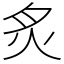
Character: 炙